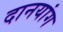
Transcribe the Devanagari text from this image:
दानयांग